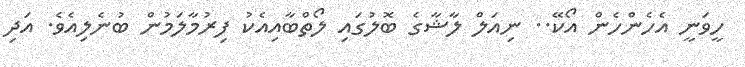
ހީވަނީ އެހެންހެން އޯކޭ.. ނިއަލް ލާޝާގެ ބޮލުގައި ލޯތްބާއިއެކު ފިރުމާލަމުން ބުނެލިއެވެ. އަދި